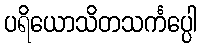
ပရိယောသိတသင်္ကပ္ပေါ